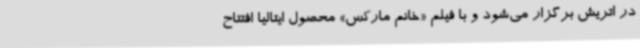
در اتریش برگزار می‌شود و با فیلم «خانم مارکس» محصول ایتالیا افتتاح